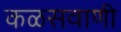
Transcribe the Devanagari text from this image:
कळसवाणी